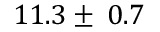
1 1 . 3 \pm \: 0 . 7